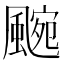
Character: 𮨯